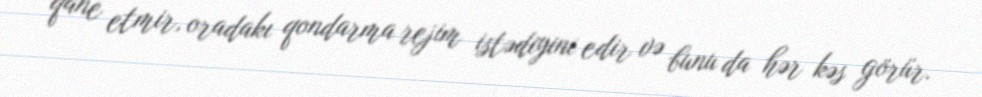
qane etmir, oradakı qondarma rejim istədiyini edir və bunu da hər kəs görür.